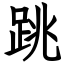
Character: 跳